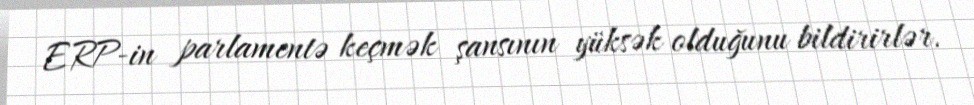
ERP-in parlamentə keçmək şansının yüksək olduğunu bildirirlər.